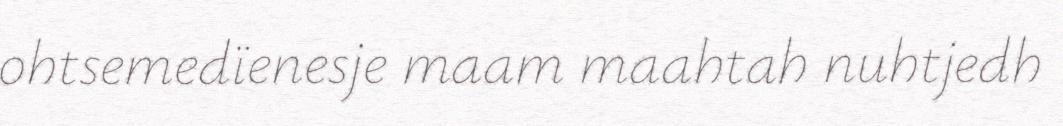
ohtsemedïenesje maam maahtah nuhtjedh